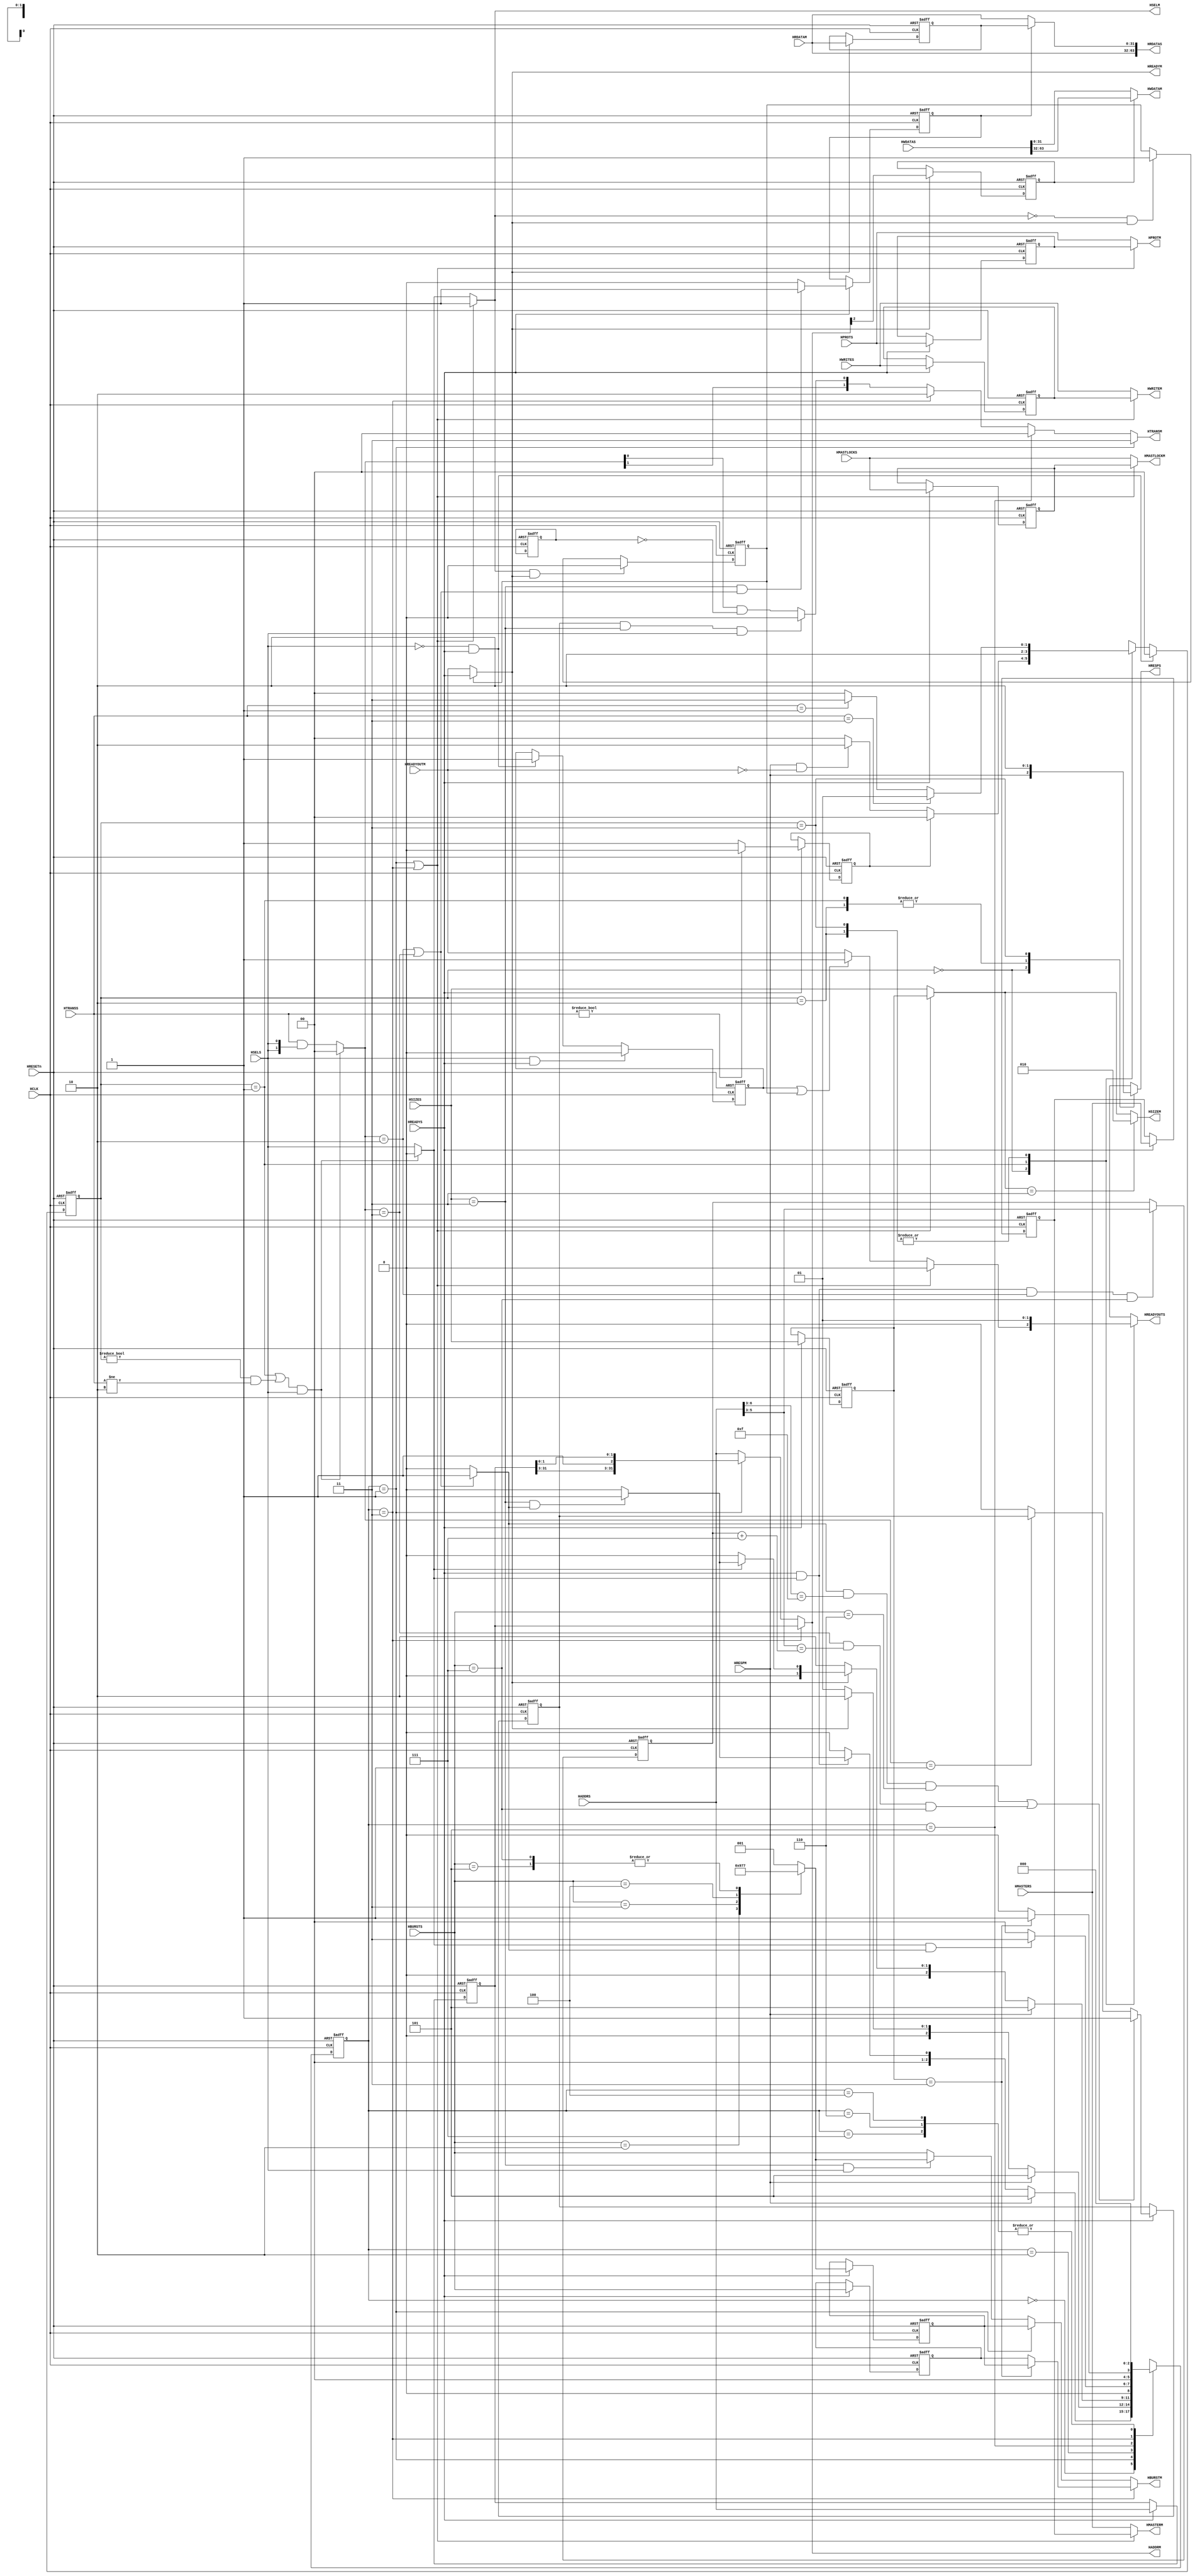
//-----------------------------------------------------------------------------
// The confidential and proprietary information contained in this file may
// only be used by a person authorised under and to the extent permitted
// by a subsisting licensing agreement from ARM Limited.
//
//            (C) COPYRIGHT 2002-2013 ARM Limited.
//                ALL RIGHTS RESERVED
//
// This entire notice must be reproduced on all copies of this file
// and copies of this file may only be made by a person if such person is
// permitted to do so under the terms of a subsisting license agreement
// from ARM Limited.
//
//      SVN Information
//
//      Checked In          : $Date: 2013-04-10 15:07:36 +0100 (Wed, 10 Apr 2013) $
//
//      Revision            : $Revision: 243494 $
//
//      Release Information : Cortex-M System Design Kit-r1p0-01rel0
//
//-----------------------------------------------------------------------------
//  -------------------------------------------------------------------------
//  Abstract            : Translates a 64-bit-wide AMBA 3 AHB-Lite data bus to a
//                        32-bit-wide one.
//                        For a 64 bit transfer, bit[31:0] will always be
//                        mapped to address xxxx_x000, and bit[63:32] will
//                        always be mapped to xxxx_x100.
//=========================================================================--


module cmsdk_ahb_downsizer64
  #(
  //----------------------------------------------------------------------------
  // Block Parameters
  //----------------------------------------------------------------------------

  // Select the number of channel ID bits required
  parameter HMASTER_WIDTH   = 1,                // HMASTER width

  // Error handling in burst
  // - If set to 1, block the rest of the burst if an error occurred, independent to size of data
  // - If set to 0, block the rest of the burst if an error occurred only for 64-bit transfers
  parameter ERR_BURST_BLOCK_ALL = 1)
  (
  //----------------------------------------------------------------------------
  // Port declarations
  //----------------------------------------------------------------------------
  input  wire                      HCLK,         // AHB Clock
  input  wire                      HRESETn,      // AMBA AHB reset

  input  wire                      HSELS,        // Slave Select from AHB
  input  wire [31:0]               HADDRS,       // Address bus from AHB
  input  wire [1:0]                HTRANSS,      // Transfer type from AHB
  input  wire [2:0]                HBURSTS,      // Burst type from AHB
  input  wire [3:0]                HPROTS,       // Protection control from AHB
  input  wire                      HWRITES,      // Transfer direction from AHB
  input  wire [2:0]                HSIZES,       // Transfer size from AHB
  input  wire                      HMASTLOCKS,   // Locked Sequence from AHB
  input  wire                      HREADYS,      // Transfer done from AHB
  input  wire [63:0]               HWDATAS,      // Write data bus from AHB
  input  wire [HMASTER_WIDTH-1:0]  HMASTERS,     // Master number from AHB

  input  wire [31:0]               HRDATAM,      // Read data bus from slave
  input  wire                      HRESPM,       // Transfer response from slave
  input  wire                      HREADYOUTM,   // HREADY from 32-bit slave mux

  output wire [63:0]               HRDATAS,      // Read data bus to AHB
  output reg                       HRESPS,       // Transfer response to AHB
  output reg                       HREADYOUTS,   // HREADY feedback to AHB

  output wire                      HSELM,        // Slave Select to slave
  output wire [31:0]               HADDRM,       // Address bus to slave
  output reg  [1:0]                HTRANSM,      // Transfer type to slave
  output reg  [2:0]                HBURSTM,      // Burst type to slave
  output reg  [3:0]                HPROTM,       // Protection control to slave
  output reg                       HWRITEM,      // Transfer direction to slave
  output wire [2:0]                HSIZEM,       // Transfer size to slave
  output reg                       HMASTLOCKM,   // Locked Sequence to slave
  output wire [31:0]               HWDATAM,      // Write data bus to slave
  output wire                      HREADYM,      // Transfer done to slave
  output reg  [HMASTER_WIDTH-1:0]  HMASTERM);    // Master number to slave

  //---------------------------------------------------------------------------
  // Constant declarations
  //---------------------------------------------------------------------------

  // HTRANS transfer types
  localparam AHB_TRANS_IDLE        = 2'b00;      // Idle
  localparam AHB_TRANS_BUSY        = 2'b01;      // Busy
  localparam AHB_TRANS_NONSEQ      = 2'b10;      // Non-sequential
  localparam AHB_TRANS_SEQ         = 2'b11;      // Sequential

  // HRESP response type
  localparam AHB_RESP_OKAY         = 1'b0;       // OKAY
  localparam AHB_RESP_ERROR        = 1'b1;       // ERROR

  // HBURST transfer type encoding
  localparam AHB_BURST_SINGLE      = 3'b000;     // Single
  localparam AHB_BURST_INCR        = 3'b001;     // Incrementing (undefined length)
  localparam AHB_BURST_WRAP4       = 3'b010;     // Wrap (length 4)
  localparam AHB_BURST_INCR4       = 3'b011;     // Incrementing (length 4)
  localparam AHB_BURST_WRAP8       = 3'b100;     // Wrap (length 8)
  localparam AHB_BURST_INCR8       = 3'b101;     // Incrementing (length 8)
  localparam AHB_BURST_WRAP16      = 3'b110;     // Wrap (length 16)
  localparam AHB_BURST_INCR16      = 3'b111;     // Incrementing (length 16)

  // HSIZE encoding
  localparam AHB_SIZE_BYTE         = 3'b000;     // 8-bit
  localparam AHB_SIZE_HALF         = 3'b001;     // 16-bit
  localparam AHB_SIZE_WORD         = 3'b010;     // 32-bit
  localparam AHB_SIZE_DWORD        = 3'b011;     // 64-bit


  // Downsizer Burst Cancelling FSM
  localparam BERR_FSM_NORMAL       = 2'b00;      // No error
  localparam BERR_FSM_ERROR1       = 2'b01;      // First error cycle
  localparam BERR_FSM_ERROR2       = 2'b10;      // Second error cycle
  localparam BERR_FSM_BUSY         = 2'b11;      // Response to BUSY during burst with errors

  // Downsizer fragmenter FSM
  localparam DS_FSM_IDLE           = 3'b000;     // No action
  localparam DS_FSM_CYC1           = 3'b001;     // First half of 64-bit transfer
  localparam DS_FSM_CYC2           = 3'b010;     // Second half of 64-bit transfer
  localparam DS_FSM_DELAY          = 3'b011;     // Delay after aborted sequence
  localparam DS_FSM_ABORT          = 3'b101;     // Aborted transfer (ERROR)

  //---------------------------------------------------------------------------
  // Signal declarations
  //---------------------------------------------------------------------------
  // FSM Burst Cancelling signals
  reg [1:0]     berr_current_state;  //  Burst Cancelling Current State
  reg [1:0]     berr_next_state;     //  Burst Cancelling Next State
  reg           reg_seq_to_nseq;     //  Convert SEQ to NSEQ if rest of burst is not block on error
  reg           nxt_seq_to_nseq;     //  Convert SEQ to NSEQ if rest of burst is not block on error

  // FSM Fragmenter signals
  reg [2:0]     dsc_current_state;   //  Fragmenter Current State
  reg [2:0]     ds_next_state;       //  Fragmenter Next State

  // Downsizer inputs & outputs connect to error cancel block (DSIN suffix)
  reg           hsel_ds_in;          //  HSELS cancelled by ERROR
  reg [1:0]     htrans_ds_in;        //  HTRANSS cancelled by ERROR
  reg           hready_ds_out;       //  from DS to burst error handling

  // NSEQ and SEQ transfer detection signal
  reg           htrans_ds_active;    //  htrans_ds_in is NONSEQ or SEQ

  // Detection of double-word WRAP16 boundary
  wire          next_wrapped;        //  Next transfer will be across wrap boundary
  reg           wrapped;             //  Current transfer is across wrap boundary

  // Disable blocking when transfer is 32/16/8-bit
  reg           block_disable;       //  Indicates data-phase of double-word
                                     //  transfer
  wire          next_block_disable;  //  Address phase of double-word transfer

  // Stored transfer control information
  reg [31:0]    haddr_reg;          //  Registered HADDRS
  reg [2:0]     haddr_i16_reg;      //  Registered address bits for INCR16
                                    //  translation
  reg           htrans0_reg;        //  Register HTRANSS[0]
  reg [2:0]     hsize_reg;          //  Registered HSIZES
  reg [2:0]     hburst_reg;         //  Registered HBURSTS
  reg [3:0]     hprot_reg;          //  Registered HPROTS
  reg           hwrite_reg;         //  Registered HWRITES
  reg           hmastlock_reg;      //  Registered HMASTLOCKS
  reg [HMASTER_WIDTH-1:0] hmaster_reg;  //  Master number to slave

  wire          haddr_i16_reg_en;   //  Register enable for haddr_i16_reg
  wire [2:0]    haddr_i16_bound;    //  INCR16 adress boundary

  // Burst size mapping logic
  reg [2:0]     hburst_mapped;      //  Logic output
  reg [2:0]     hburst_mapped_reg;  //  Registered version

  // Output to 32-bit side (for internal read back)
  reg [31:0]    i_haddr_m;          //  Internal version of HADDR output
  wire          i_hready_m;         //  Internal version of HREADYM output
  reg           i_hsel_m;           //  Internal version of SELM output

  // Data path mux (Funnel) signals
  reg           fwd_mux_ctrl;       //  mux ctrl for write data switching
  reg [31:0]    hrdata_reg;         //  storage for first word read
  reg           frd_mux_ctrl;       //  mux ctrl for read data switching
  reg           next_frd_mux_ctrl;  //  D-input of frd_mux_ctrl

  // Ready flags
  wire          s_not_sel_nxt;      //  D-input for s_not_sel
  reg           s_not_sel;          //  Slave-port not selected
  wire          m_not_sel_nxt;      //  D-input for m_not_sel
  reg           m_not_sel;          //  Master-port not selected

  //---------------------------------------------------------------------------
  // Beginning of main code
  //---------------------------------------------------------------------------

  //---------------------------------------------------------------------------
  // Burst Error Handling
  //---------------------------------------------------------------------------
  // finite state machine combinatorial part
  always @ (HTRANSS or HSELS or HREADYS or HRESPM or HREADYOUTM or berr_current_state or
            block_disable)
    begin : p_berrcomb
      if ((~HSELS) & HREADYS)
        berr_next_state = BERR_FSM_NORMAL;
      else
        begin
          case (berr_current_state)
            BERR_FSM_NORMAL :
              begin
                if (block_disable) // block_disable is a data phase signal
                  // No blocking for 32/16/8 bit transfer if ERR_BURST_BLOCK_ALL is 0
                  berr_next_state = BERR_FSM_NORMAL;
                else if ((HRESPM == AHB_RESP_ERROR) & (~HREADYOUTM))
                  // 2nd cycle of err resp on AHB-S interface
                  berr_next_state = BERR_FSM_ERROR2;
                else
                  berr_next_state = BERR_FSM_NORMAL;
              end

            BERR_FSM_ERROR1 :
              begin
                // 1st cycle of err response
                // - Goto 2nd cyc of err resp
                berr_next_state = BERR_FSM_ERROR2;
              end

            BERR_FSM_ERROR2, BERR_FSM_BUSY:
              begin // 2nd cycle of error response, or data phase of a busy transfer
                // BERR_FSM_ERROR2 or BERR_FSM_BUSY
                if (HTRANSS == AHB_TRANS_SEQ)
                  berr_next_state = BERR_FSM_ERROR1;
                // 1st cyc of err resp
                else if (HTRANSS == AHB_TRANS_BUSY)
                  berr_next_state = BERR_FSM_BUSY;
                // okay resp for busy
                else // NSEQ transfer or IDLE
                  berr_next_state = BERR_FSM_NORMAL;
              end
            default :
              berr_next_state = {2{1'bx}};
          endcase
        end
    end

  // finite state machine sequential part
  always @ (posedge HCLK or negedge HRESETn)
    begin : p_berrseq
      if (~HRESETn)
        berr_current_state <= BERR_FSM_NORMAL;
      else
        berr_current_state <= berr_next_state;
    end

  // After error, indicate there is a remaining burst, so that the remaining SEQ
  // transfers can be handled correctly. If ERR_BURST_BLOCK_ALL==1, then this logic
  // is not required (tie low)
  always @(HRESPM or HREADYOUTM or HTRANSS or HSELS or HREADYS or reg_seq_to_nseq)
    begin
    if ((HTRANSS==AHB_TRANS_IDLE)|(HTRANSS==AHB_TRANS_NONSEQ)|((~HSELS) & HREADYS))
      nxt_seq_to_nseq = 1'b0; // clear if next transfer is not SEQ/BUSY, or device not selected
    else if ((HRESPM==AHB_RESP_ERROR) & (~HREADYOUTM) & (ERR_BURST_BLOCK_ALL==1'b0))
      nxt_seq_to_nseq = 1'b1; // Set to one in first cycle of error response
    else
      nxt_seq_to_nseq = reg_seq_to_nseq; // not change
    end

  // Registering nxt_seq_to_nseq into reg_seq_to_nseq
  always @ (posedge HCLK or negedge HRESETn)
    begin : p_burst_err_continue
      if (~HRESETn)
        reg_seq_to_nseq <= 1'b0;
      else if (ERR_BURST_BLOCK_ALL==1'b0)  // if ERR_BURST_BLOCK_ALL is 1,
      // all remaining transfers in the burst will be blocked so no need for special handling
        reg_seq_to_nseq <= nxt_seq_to_nseq;
    end

  //---------------------------------------------------------------------------
  // Assign Downsizer Input/Outputs connection to ERROR-blocking block.
  //---------------------------------------------------------------------------
  // Generate hsel_ds_in and htrans_ds_in
  // Block transfers (if selected)
  // - in first cycle of error response (data phase) in subsequent SEQ
  // - in 2nd cycle of error cycle, or data phase of BUSY, if transfer is SEQ or BUSY
  // Otherwise propagate HSELS and HTRANSS
  always @ (berr_current_state or HTRANSS or HSELS)
    begin : p_hstdsin
      if (((berr_current_state == BERR_FSM_ERROR1) |
          ((berr_current_state !=BERR_FSM_NORMAL) & (HTRANSS !=AHB_TRANS_NONSEQ))
          ) & HSELS)
        begin  // Blocking in place
          hsel_ds_in = 1'b0;
          htrans_ds_in = AHB_TRANS_IDLE;
        end
      else
        begin  // No blocking
          hsel_ds_in = HSELS;
          // force to IDLE when HSELS LOW to avoid breaking protocol on master side
          htrans_ds_in = HTRANSS & {2{HSELS}};
        end
    end

  // Responses mux
  always @ (berr_current_state or hready_ds_out or HRESPM)
    begin : p_berr_resp
    // Note: Insertion of waitstate for delayed transfer and 64-bit transfer is done
    // in process : p_hreadyouts (hready_ds_out generation)
      case (berr_current_state)

        BERR_FSM_NORMAL :
          begin
            HREADYOUTS = hready_ds_out;
            HRESPS = HRESPM;
          end

        BERR_FSM_ERROR1 :
          begin
            // 1st cycle of error response
            HREADYOUTS = 1'b0;
            HRESPS = AHB_RESP_ERROR;
          end

        BERR_FSM_ERROR2 :
          begin
            // 2nd cycle of error response
            HREADYOUTS = 1'b1;
            HRESPS = AHB_RESP_ERROR;
          end

        BERR_FSM_BUSY:
          begin
            // response to busy cycle
            HREADYOUTS = 1'b1;
            HRESPS = AHB_RESP_OKAY;
          end

        default:
          begin
            HREADYOUTS = 1'bx;
            HRESPS = 1'bx;
          end
      endcase
    end

  //---------------------------------------------------------------------------
  //  Downsizer - fragmentor
  //---------------------------------------------------------------------------
  // Store Register transfer info. They are used when
  // - dealing with 64-bit transfers
  // - delayed transfer (after IDLE insertion following an error, and if a transfer has been received)
  always @ (posedge HCLK or negedge HRESETn)
    begin : p_store_ctrls
      if (~HRESETn)
        begin
          haddr_reg        <= {32{1'b0}};
          htrans0_reg      <= 1'b0;
          hsize_reg        <= {3{1'b0}};
          hburst_reg       <= {3{1'b0}};
          hburst_mapped_reg<= {3{1'b0}};
          hprot_reg        <= {4{1'b0}};
          hwrite_reg       <= 1'b0;
          hmastlock_reg    <= 1'b0;
          hmaster_reg      <= {HMASTER_WIDTH{1'b0}};
        end
      else
        begin
          if (HREADYS)
            begin
              haddr_reg        <= HADDRS;
              htrans0_reg      <= HTRANSS[0];
              hsize_reg        <= HSIZES;
              hburst_reg       <= HBURSTS;
              hburst_mapped_reg<= hburst_mapped;
              hprot_reg        <= HPROTS;
              hwrite_reg       <= HWRITES;
              hmastlock_reg    <= HMASTLOCKS;
              hmaster_reg      <= HMASTERS;
            end
        end
    end

  // Detect if transfer is active
  always @ (htrans_ds_in)
    begin : p_trans_active
      if ((htrans_ds_in == AHB_TRANS_NONSEQ) | (htrans_ds_in == AHB_TRANS_SEQ))
        htrans_ds_active = 1'b1;
      else
        htrans_ds_active = 1'b0;
    end

  // Enable to register the relevant address bits during the first transfer of a
  // 64-bit INCR16 burst
  assign haddr_i16_reg_en = (HREADYS & hsel_ds_in & (htrans_ds_in == AHB_TRANS_NONSEQ) &
                            (HBURSTS == AHB_BURST_INCR16));

  // Store address bits for INCR16
  always @ (posedge HCLK or negedge HRESETn)
    begin : p_store_i16addr
      if (~HRESETn)
        haddr_i16_reg <= {3{1'b0}};
      else
        if (haddr_i16_reg_en)
          haddr_i16_reg <= HADDRS[5:3];
    end

  //---------------------------------------------------------------------------
  // Downsizer FSM combinational section
  //---------------------------------------------------------------------------
  always @ (dsc_current_state or hsel_ds_in or HSIZES or hsize_reg or i_hready_m or
            HRESPM or HREADYS or htrans_ds_active)
    begin : p_ds_fsm_comb
      case (dsc_current_state)

        DS_FSM_IDLE :
          begin
            if (HRESPM == AHB_RESP_ERROR)
              begin
                ds_next_state = DS_FSM_ABORT;
              end
            else if (hsel_ds_in & HREADYS)
              begin  // htrans_ds_in = htrans_ds_in[1]
                if ((HSIZES == AHB_SIZE_DWORD) & htrans_ds_active)
                  begin
                    ds_next_state = DS_FSM_CYC1;
                    // goto do first part of transfer
                  end
                else
                  begin
                    ds_next_state = DS_FSM_IDLE;
                    //32/16/8bit or idle/busy
                  end
              end
            else
              begin
                ds_next_state = DS_FSM_IDLE;
              end
          end

        DS_FSM_CYC1 :
          begin
            // first half of the 64-bit transfer (data phase)
            if (HRESPM == AHB_RESP_ERROR)
              begin
                ds_next_state = DS_FSM_ABORT;
                // make sure IDLE is inserted
              end
            else if (i_hready_m)
              begin
                ds_next_state = DS_FSM_CYC2;
                // goto 2nd half of the transfer
              end
            else
              begin
                ds_next_state = DS_FSM_CYC1;
                // wait until 1st half finish
              end
          end

        DS_FSM_CYC2 :
          begin
            // second half of 64-bit transfer
            if (HRESPM == AHB_RESP_ERROR)
              begin
                ds_next_state = DS_FSM_ABORT;
                // make sure IDLE is inserted by abort
              end
            else if (i_hready_m)
              begin
                // Current transfer finished
                if (hsel_ds_in)
                  begin
                    // Downsizer selected
                    if ((HSIZES == AHB_SIZE_DWORD) & htrans_ds_active)
                      begin
                        ds_next_state = DS_FSM_CYC1;
                        // start 1st half of 64bit transfer
                      end
                    else
                      begin
                        ds_next_state = DS_FSM_IDLE;
                      end
                  end
                else
                  begin
                    ds_next_state = DS_FSM_IDLE;
                    // Downsizer not selected
                  end
              end
            else
              begin
                ds_next_state = DS_FSM_CYC2;
                // wait until current transfer finish
              end
          end

        DS_FSM_ABORT :
          begin
            // 2nd cycle of error response in AHB-Master.
            // Idle transfer is inserted to AHB-Master. HREADYS should be 1
            if (hsel_ds_in & htrans_ds_active)
              ds_next_state = DS_FSM_DELAY;
            // insert idle cycle and delay next
            // transfer by 1 cycle
            else
              begin
                ds_next_state = DS_FSM_IDLE;
                // device not selected
              end
          end

        DS_FSM_DELAY :
          begin
            // delayed address phase after a 2 cycle response
            if (hsize_reg == AHB_SIZE_DWORD)
              begin
                // determine hsize by stored info
                ds_next_state = DS_FSM_CYC1;
                // goto 1st half of 64-bit transfer
              end
            else
              begin
                ds_next_state = DS_FSM_IDLE;
                // 32/16/8-bit transfer
              end
          end

        3'b100, 3'b110, 3'b111:
          begin
            ds_next_state = DS_FSM_IDLE;
            // Unused case
          end
        default:
          begin
            ds_next_state = 3'bxxx;
            // default case
          end
      endcase
    end

  // Downsizer state machine sequential section
  always @ (posedge HCLK or negedge HRESETn)
    begin : p_ds_fsm_seq
      if (~HRESETn)
        dsc_current_state <= DS_FSM_IDLE;
      else
        dsc_current_state <= ds_next_state;
    end

  //---------------------------------------------------------------------------
  // Generate disabling logic for burst blocking (error handling) feature
  //---------------------------------------------------------------------------
  // If transfer is active/busy, and if
  //  - size is double word, or
  //  - block all size option is set
  assign  next_block_disable = ((HTRANSS!=AHB_TRANS_IDLE) &
          ((HSIZES == AHB_SIZE_DWORD)|(ERR_BURST_BLOCK_ALL!=1'b0))) ? 1'b0 : 1'b1;

  // Sequential process - data phase on AHB-S
  always @ (posedge HCLK or negedge HRESETn)
    begin : p_disable_seq
    if (~HRESETn)
      block_disable <= 1'b1;
    else if (HREADYS)
      block_disable <= next_block_disable;
    end

  //---------------------------------------------------------------------------
  // HSEL handling
  //---------------------------------------------------------------------------
  always @ (dsc_current_state or hsel_ds_in)
    begin : p_i_hsel_m
      if ((dsc_current_state == DS_FSM_CYC1) | (dsc_current_state == DS_FSM_DELAY))
        begin
          i_hsel_m = 1'b1;
        end
      else
        begin
          i_hsel_m = hsel_ds_in;
        end
    end

  // Connect HSEL to top level
  assign HSELM = i_hsel_m;

  //---------------------------------------------------------------------------
  // HTRANS handling
  //---------------------------------------------------------------------------
  // Detect when a double-word WRAP16 burst wraps the address, or a double-word
  // INCR16 passes the 16-word boundary: in the case of a re-built burst, this
  // transfer must then be degraded SEQ->NONSEQ, BUSY->IDLE

  // INCR16 boundary address detection: add 7 to base address to detect that the
  // 8th 64-bit transfer is next
  wire[3:0]     temp_add_result = (haddr_i16_reg + 3'b111);
  assign haddr_i16_bound = temp_add_result[2:0];

  // Determine when to over-ride HTRANS
  assign next_wrapped = (
                        (
                         // For WRAP16, look for the 0x80 address boundary
                         (htrans_ds_active &
                          (HADDRS[6:3]== 4'b1111) & (HBURSTS == AHB_BURST_WRAP16)) |
                         // For INCR16, look for the 8th 64-bit transfer
                         ((htrans_ds_in == AHB_TRANS_SEQ) &
                          (HADDRS[5:3]== haddr_i16_bound) &
                          (HBURSTS == AHB_BURST_INCR16))
                         ) ? 1'b1 :
                        ((htrans_ds_in == AHB_TRANS_BUSY) ? wrapped : 1'b0)
                        );

  // Assign wrapped in relevant cycle
  always @ (negedge HRESETn or posedge HCLK)
    begin : p_wrapped
      if (~HRESETn)
        wrapped <= 1'b0;
      else
        if (HREADYS)
          wrapped <= next_wrapped;
    end

  // Override HTRANSM as necessary
  always @ (dsc_current_state or htrans_ds_in or
            wrapped or reg_seq_to_nseq or HSIZES or HSELS)
    begin : p_htrans
      if (dsc_current_state == DS_FSM_CYC1)
        begin
          // 2nd half of a 64-bit transfer is always SEQ
          HTRANSM = AHB_TRANS_SEQ;
        end

      else if (dsc_current_state == DS_FSM_ABORT)
        begin  // force to IDLE when abort on 64-bit transfers
          HTRANSM = AHB_TRANS_IDLE;
        end

      else if (dsc_current_state == DS_FSM_DELAY)
        begin
          // Arrive here only when a N-SEQ transfer required after an abort.
          // Output transfer information from storage register.
          // Wait state is asserted this cycle
          HTRANSM = AHB_TRANS_NONSEQ;
        end

      else if ((wrapped & (HSIZES == AHB_SIZE_DWORD) & HSELS))
        begin
          // Wrap16, Incr16 special case: degrade SEQ->NONSEQ, BUSY->IDLE when
          // the transfer crosses the wrap boundary (Wrap16) or the Incr16-word
          // boundary
          HTRANSM[1] = htrans_ds_in[1];
          HTRANSM[0] = 1'b0;
        end

      else
        begin
          // Default for normal operation (i.e. no doubleword access being
          // processed)
          HTRANSM[1] = htrans_ds_in[1];
          HTRANSM[0] = htrans_ds_in[0] & (~reg_seq_to_nseq);
        end
    end

  //---------------------------------------------------------------------------
  // HADDR generation
  //---------------------------------------------------------------------------
  always @ (dsc_current_state or HADDRS or haddr_reg)
    begin : p_haddr
      if (dsc_current_state == DS_FSM_DELAY)
          i_haddr_m = haddr_reg;
          // After an abort, transfer info
          // come from register
      else if (dsc_current_state == DS_FSM_CYC1)
          i_haddr_m = {haddr_reg[31:3],1'b1,haddr_reg[1:0]};
          // 2nd half of 64bit transfers
      else
          i_haddr_m = HADDRS;
    end

  assign HADDRM = i_haddr_m;
  // connect to top level (32-bit side)

  //---------------------------------------------------------------------------
  // HBURST mapping
  //---------------------------------------------------------------------------
  always @ (HBURSTS)
    begin : p_burstmap
      case (HBURSTS)
        AHB_BURST_WRAP4 : begin
          hburst_mapped = AHB_BURST_WRAP8;
        end
        AHB_BURST_INCR4 : begin
          hburst_mapped = AHB_BURST_INCR8;
        end
        AHB_BURST_WRAP8 : begin
          hburst_mapped = AHB_BURST_WRAP16;
        end
        AHB_BURST_INCR8 : begin
          hburst_mapped = AHB_BURST_INCR16;
        end
        AHB_BURST_WRAP16 : begin
          hburst_mapped = AHB_BURST_INCR;
        end
        AHB_BURST_INCR16 : begin
          hburst_mapped = AHB_BURST_INCR16;
        end
        AHB_BURST_INCR : begin
          hburst_mapped = AHB_BURST_INCR;
        end
        default: begin
          hburst_mapped = AHB_BURST_INCR;
          // single mapped to incr
        end
      endcase
    end

  // HBURST handling
  always @ (dsc_current_state or hburst_mapped or hburst_reg or HBURSTS or htrans0_reg or
            hburst_mapped_reg or HSIZES or hsize_reg or HSELS or reg_seq_to_nseq or htrans_ds_in)
    begin : p_hburstm
      if (reg_seq_to_nseq & (ERR_BURST_BLOCK_ALL==1'b0) & (htrans_ds_in[0]|
          ((dsc_current_state == DS_FSM_DELAY) & htrans0_reg))) // after error,
        // if burst is allowed to continue (ERR_BURST_BLOCK_ALL==0),
        // convert rest of burst from SEQ to NSEQ-INCR
        // if transfer is nseq (htrans_ds_in[0]==0), not need to change
        begin
        HBURSTM = AHB_BURST_INCR;
        end
      else if (dsc_current_state == DS_FSM_DELAY)
        begin
          if (hsize_reg == AHB_SIZE_DWORD)
            begin
              HBURSTM = hburst_mapped_reg;
              // Stored mapped value is used
            end
          else
            begin
              HBURSTM = hburst_reg;
              // No mapping required for 32/16/8-bit
            end
        end
      else if (dsc_current_state == DS_FSM_CYC1)
        begin
          // for 2nd half of 64-bit transfers
          HBURSTM = hburst_mapped_reg;
        end
      else
        begin
          if ((HSIZES == AHB_SIZE_DWORD) & HSELS)
            begin
              HBURSTM = hburst_mapped;
              // 64-bit transfer require mapping
            end
          else
            begin
              HBURSTM = HBURSTS;
              // no mapping required for 32/16/8 bit transfers
            end
        end
    end

  //---------------------------------------------------------------------------
  // Other Control signals generation
  //---------------------------------------------------------------------------
  // HPROT handling
  always @ (dsc_current_state or hprot_reg or HPROTS)
    begin : p_hprotm
      if ((dsc_current_state == DS_FSM_CYC1) | (dsc_current_state == DS_FSM_DELAY))
        begin
          HPROTM = hprot_reg;
        end
      else
        begin
          HPROTM = HPROTS;
        end
    end

  // HWRITE handling
  always @ (dsc_current_state or hwrite_reg or HWRITES)
    begin : p_hwritem
      if ((dsc_current_state == DS_FSM_CYC1) | (dsc_current_state == DS_FSM_DELAY))
        begin
          HWRITEM = hwrite_reg;
        end
      else
        begin
          HWRITEM = HWRITES;
        end
    end

  // HMASTLOCK handling
  always @ (dsc_current_state or hmastlock_reg or HMASTLOCKS)
    begin : p_hmastlockm
      if ((dsc_current_state == DS_FSM_CYC1) | (dsc_current_state == DS_FSM_DELAY))
        begin
          HMASTLOCKM = hmastlock_reg;
        end
      else
        begin
          HMASTLOCKM = HMASTLOCKS;
        end
    end

  // HSIZE handling
  reg [2:0] i_hsize_m;
  always @ (dsc_current_state or HSIZES or hsize_reg or HSELS)
    begin : p_hsizem
      if ((dsc_current_state == DS_FSM_CYC1) | (dsc_current_state == DS_FSM_DELAY))
        begin
          i_hsize_m = hsize_reg;
        end
      else
        begin
          i_hsize_m = HSIZES;
        end
    end
  // turn 64-bit into 32-bit
  assign HSIZEM = (i_hsize_m == AHB_SIZE_DWORD) ? AHB_SIZE_WORD : i_hsize_m;

  // HMASTER handling
  always @ (dsc_current_state or hmaster_reg or HMASTERS)
    begin : p_hmasterm
      if ((dsc_current_state == DS_FSM_CYC1) | (dsc_current_state == DS_FSM_DELAY))
        begin
          HMASTERM = hmaster_reg;
        end
      else
        begin
          HMASTERM = HMASTERS;
        end
    end

  // ---------------------------------------------------------------------------
  // HREADY flag generation
  // ---------------------------------------------------------------------------

  // s_not_sel ("Slave-port Not Selected") causes the HREADYOUTS output to be
  // driven high when this slave region is not yet selected
  assign s_not_sel_nxt = ((HSELS & HREADYS) ? 1'b0
                       : (((~HSELS) & HREADYS) ? 1'b1
                          : s_not_sel)
                       );

  // m_not_sel ("Master-port Not Selected") causes the HREADYM output to be
  // driven from the slave port when this slave region is not yet selected
  assign m_not_sel_nxt = ((i_hsel_m & i_hready_m) ? 1'b0
                       : (((~i_hsel_m) & i_hready_m) ? 1'b1
                          : m_not_sel)
                       );

  // HREADY control registers
  always@(negedge HRESETn or posedge HCLK)
    begin : p_hreadyseq
      if (~HRESETn)
        begin
          s_not_sel <= 1'b1;
          m_not_sel <= 1'b1;
        end
      else
        begin
          s_not_sel <= s_not_sel_nxt;
          m_not_sel <= m_not_sel_nxt;
        end
    end

  //---------------------------------------------------------------------------
  // HREADYOUTS generation
  //---------------------------------------------------------------------------
  // Force HREADY(64) output to low after an IDLE is inserted to 32-bit AHB
  // due to an error response so that 32-bit bus can catch up.
  // Also force it to low during first half of 64-bit transfer
  // so that 64-bit transfer can end when second half finished.
  // Force HREADY output high when this slave region is not selected.
  always @ (dsc_current_state or HREADYOUTM or s_not_sel or m_not_sel)
    begin : p_hreadyouts
      if ((dsc_current_state == DS_FSM_DELAY) | (dsc_current_state == DS_FSM_CYC1))
        hready_ds_out = 1'b0;
      else if (s_not_sel | m_not_sel)
        hready_ds_out = 1'b1;
      else
        hready_ds_out = HREADYOUTM;
    end

  //---------------------------------------------------------------------------
  // HREADYM generation
  //---------------------------------------------------------------------------
  assign i_hready_m = (m_not_sel ? HREADYS : HREADYOUTM);

  // Connect to top level
  assign HREADYM  = i_hready_m;

  //---------------------------------------------------------------------------
  // Write data MUX
  //---------------------------------------------------------------------------
  // Write Data path mux ctrl
  always @ (negedge HRESETn or posedge HCLK)
    begin : p_data_muxctrl
      if (~HRESETn)
        begin
          fwd_mux_ctrl <= 1'b0;
          // 64-bit side selected
        end
      else
        begin
          if (i_hready_m)
            begin
              fwd_mux_ctrl <= i_haddr_m[2];
            end
        end
    end

  // Route data bus
  assign HWDATAM = (fwd_mux_ctrl ? HWDATAS[63:32] : HWDATAS[31:0]);

  //---------------------------------------------------------------------------
  // Read data MUX
  //---------------------------------------------------------------------------
  // Write Data path mux ctrl
  always @ (HSIZES or htrans_ds_in)
    begin : p_readmuxcomb
      if ((HSIZES == AHB_SIZE_DWORD) &
          ((htrans_ds_in == AHB_TRANS_NONSEQ) | (htrans_ds_in == AHB_TRANS_SEQ))
          )
        begin
          next_frd_mux_ctrl = 1'b1;
        end
      else
        begin
          next_frd_mux_ctrl = 1'b0;
        end
    end

  // p_ReadMUXComb
  // Sequential process
  always @ (posedge HCLK or negedge HRESETn)
    begin : p_readmuxseq
      if (~HRESETn)
        begin
          frd_mux_ctrl <= 1'b0;
        end
      else
        begin
          if (HREADYS)
            begin
              frd_mux_ctrl <= next_frd_mux_ctrl;
            end
        end
    end

  // Route data bus
  assign HRDATAS = (frd_mux_ctrl ? {HRDATAM,hrdata_reg} : {HRDATAM,HRDATAM});

  //---------------------------------------------------------------------------
  // Generate "hrdata_reg" register to hold first half of 64-bit read data
  //---------------------------------------------------------------------------
  always @ (posedge HCLK or negedge HRESETn)
    begin : p_hrdataseq
      if (~HRESETn)
        hrdata_reg <= {32{1'b0}};
      else
        if (i_hready_m)
          hrdata_reg <= HRDATAM;
    end

 // --------------------------------------------------------------------------------
 // Assertion properties
 // --------------------------------------------------------------------------------

`ifdef ARM_AHB_ASSERT_ON
`include "std_ovl_defines.h"


   // 8-bit, 16-bit and 32-bit transfer no change - HTRANS
   assert_implication
    #(`OVL_ERROR, `OVL_ASSERT, "HTRANS mismatch for narrow transfers")
    u_ovl_ahb_8_16_32_no_change_htrans (
    .clk (HCLK), .reset_n (HRESETn),
    .antecedent_expr (HSELS & HREADYS & HTRANSS[1] & (HSIZES!=3'b011) &
                      (dsc_current_state != DS_FSM_ABORT) & (berr_current_state==BERR_FSM_NORMAL) &
                      (reg_seq_to_nseq==1'b0)),
    .consequent_expr (HTRANSS==HTRANSM)
    );

   // 64-bit transfer might be changed at wrap boundary - HTRANS
   assert_implication
    #(`OVL_ERROR, `OVL_ASSERT, "HTRANS mismatch for wide transfers")
    u_ovl_ahb_64_htrans (
    .clk (HCLK), .reset_n (HRESETn),
    .antecedent_expr (HSELS & HREADYS & HTRANSS[1] & (HSIZES==3'b011) &
                      (dsc_current_state != DS_FSM_ABORT) & (berr_current_state==BERR_FSM_NORMAL)),
    .consequent_expr (HTRANSS[1]==HTRANSM[1])
    );

   // If there has been an error response, transfer is delayed
   assert_next
    #(`OVL_ERROR, 1,1,0, `OVL_ASSERT, "HTRANS mismatch for delayed transfers")
    u_ovl_ahb_htrans_delayed (
    .clk (HCLK), .reset_n (HRESETn),
    .start_event (HSELS & HREADYS & HTRANSS[1] & (HRESPS==1'b1) & (berr_current_state==BERR_FSM_NORMAL)),
    .test_expr (HTRANSM[1])
    );

   // 8-bit, 16-bit , 32-bit and 64-bit transfers no change - HADDRS
   assert_implication
    #(`OVL_ERROR, `OVL_ASSERT, "HADDRS mismatch")
    u_ovl_ahb_8_16_32_no_change_haddr (
    .clk (HCLK), .reset_n (HRESETn),
    .antecedent_expr (HSELS & HREADYS & HTRANSS[1]),
    .consequent_expr (HADDRS==HADDRM)
    );

   // 8-bit, 16-bit and 32-bit transfer no change - HSIZES
   assert_implication
    #(`OVL_ERROR, `OVL_ASSERT, "HSIZES mismatch for narrow transfer")
    u_ovl_ahb_8_16_32_no_change_hsize (
    .clk (HCLK), .reset_n (HRESETn),
    .antecedent_expr (HSELS & HREADYS & HTRANSS[1] & (HSIZES!=3'b011)),
    .consequent_expr (HSIZES==HSIZEM)
    );

   // 64-bit transfer change - HSIZES
   assert_implication
    #(`OVL_ERROR, `OVL_ASSERT, "HSIZES mismatch for wide (64 bit) transfer")
    u_ovl_ahb_64_change_hsize (
    .clk (HCLK), .reset_n (HRESETn),
    .antecedent_expr (HSELS & HREADYS & HTRANSS[1] & (HSIZES==3'b011)),
    .consequent_expr (HSIZEM==3'b010)
    );

   // 8-bit, 16-bit and 32-bit transfer no change - HBURST
   assert_implication
    #(`OVL_ERROR, `OVL_ASSERT, "HBURST mismatch for narrow transfer")
    u_ovl_ahb_8_16_32_no_change_hburst (
    .clk (HCLK), .reset_n (HRESETn),
    .antecedent_expr (HSELS & HREADYS & HTRANSS[1] & (HSIZES!=3'b011) & (~reg_seq_to_nseq)),
    .consequent_expr (HBURSTS==HBURSTM)
    );

   // 64-bit transfer remapped - HBURST
   assert_implication
    #(`OVL_ERROR, `OVL_ASSERT, "HBURST mismatch for 64-bit transfer")
    u_ovl_ahb_64_change_hburst (
    .clk (HCLK), .reset_n (HRESETn),
    .antecedent_expr (HSELS & HREADYS & HTRANSS[1] & (HSIZES==3'b011)),
    .consequent_expr (HBURSTM==hburst_mapped)
    );

   // All transfer no change - HPROT
   assert_implication
    #(`OVL_ERROR, `OVL_ASSERT, "HPROT mismatch")
    u_ovl_ahb_all_no_change_hprot (
    .clk (HCLK), .reset_n (HRESETn),
    .antecedent_expr (HSELS & HREADYS & HTRANSS[1] ),
    .consequent_expr (HPROTS==HPROTM)
    );

   // All transfer no change - HWRITE
   assert_implication
    #(`OVL_ERROR, `OVL_ASSERT, "HWRITE mismatch")
    u_ovl_ahb_all_no_change_hwrite (
    .clk (HCLK), .reset_n (HRESETn),
    .antecedent_expr (HSELS & HREADYS & HTRANSS[1]),
    .consequent_expr (HWRITES==HWRITEM)
    );

   // All transfer no change - HREADY
   assert_implication
    #(`OVL_ERROR, `OVL_ASSERT, "HREADY mismatch")
    u_ovl_ahb_all_no_change_hready (
    .clk (HCLK), .reset_n (HRESETn),
    .antecedent_expr (HSELS & HREADYS & HTRANSS[1]),
    .consequent_expr (HREADYS==HREADYM)
    );

  // Check FSM cannot enter illegal state
   assert_never
    #(`OVL_ERROR, `OVL_ASSERT, "dsc_current_state in illegal state")
    u_ovl_dsc_current_state_illegal_state (
    .clk (HCLK), .reset_n (HRESETn),
    .test_expr ((dsc_current_state==3'b100)|(dsc_current_state==3'b110)|(dsc_current_state==3'b111))
    );

   // Downstream AHB slave must respond with OKAY when not selected
   assert_implication
    #(`OVL_ERROR, `OVL_ASSERT, "Downstream AHB slave must response with OKAY when not selected")
    u_ovl_ahb_m_hresp (
    .clk (HCLK), .reset_n (HRESETn),
    .antecedent_expr (m_not_sel),
    .consequent_expr (HRESPM==AHB_RESP_OKAY)
    );

   assert_implication
    #(`OVL_ERROR, `OVL_ASSERT, "Downstream AHB slave must response with READY when not selected")
    u_ovl_ahb_m_hreadyout (
    .clk (HCLK), .reset_n (HRESETn),
    .antecedent_expr (m_not_sel),
    .consequent_expr (HREADYOUTM)
    );

`endif

endmodule